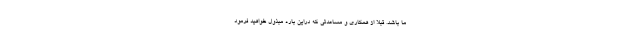
ما باشد. قبلا از همکاری و مساعدتی که دراین باره مبذول خواهید فرمود